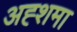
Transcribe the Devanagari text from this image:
अह्शमा